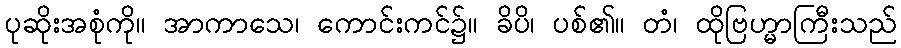
ပုဆိုးအစုံကို။ အာကာသေ၊ ကောင်းကင်၌။ ခိပိ၊ ပစ်၏။ တံ၊ ထိုဗြဟ္မာကြီးသည်